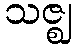
သဇ္ဈ